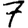
Digit: 7